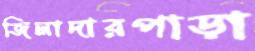
জিলাদারপাড়া